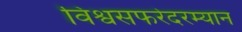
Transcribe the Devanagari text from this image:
विश्वसफरेदरम्यान